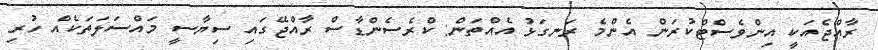
ރާއްޖެއަކީ އިންވެސްޓްކުރަން އެންމެ ރަނގަޅު އެއްތަން: ކްރެސެންޑާސް ރާއްޖޭގައި ސިޔާސީ މައްސަލަތަކެއް ހުރި